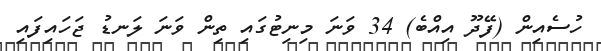
ހުސެއިން (ފޭދޫ އިއްބެ) 34 ވަނަ މިނިޓުގައި ތިން ވަނަ ލަނޑު ޖަހައިފައި